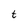
Character: t